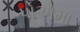
પોએમા